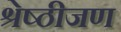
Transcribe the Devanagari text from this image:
श्रेष्ठीजण